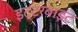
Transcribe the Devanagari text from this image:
इट्टरबाइट